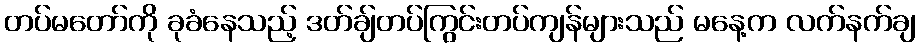
တပ်မတော်ကို ခုခံနေသည့် ဒတ်ချ်တပ်ကြွင်းတပ်ကျန်များသည် မနေ့က လက်နက်ချ